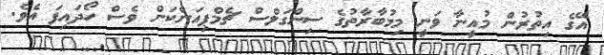
އޭގެ އިތުރުން މުއީނާ ވަނީ މިމުބާރާތުގެ ސިންގަލްސް ޗެމްޕިއަންކަން ވެސް ހޯދައިފަ އެވެ.